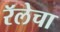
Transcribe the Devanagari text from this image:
रॅलेचा